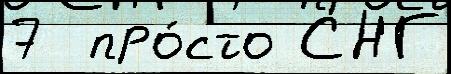
7  про́сто СНГ